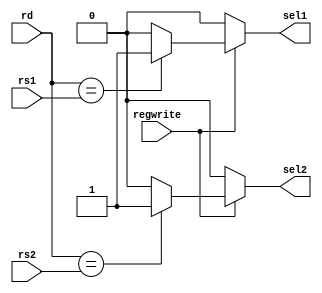
`timescale 1ns / 1ps

module Forward(
    input [2:0] rd,
    input [2:0] rs1,
    input [2:0] rs2,
    input regwrite,
    output reg sel1,
    output reg sel2
    );
    always@(rd,rs1,rs2,regwrite)
    begin
        if(regwrite==1)
        begin
            if(rd==rs1)
            begin
                sel1=1;
            end
            else
            begin
                sel1=0;
            end
            if(rd==rs2)
            begin
                sel2=1;
            end
            else
            begin
                sel2=0;
            end
        end
        else
        begin
            sel1=0;
            sel2=0;
        end
    end
    
endmodule